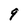
Character: 9